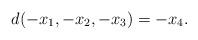
LaTeX: \begin{align*} d(-x_1, -x_2, -x_3) = -x_4. \end{align*}